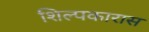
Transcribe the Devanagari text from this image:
शिल्पकारास